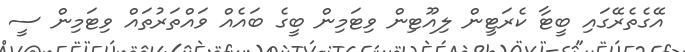
އޭގެތެރޭގައި ބީޓާ ކެރަޓީން ލިއޫޓިން ވިޓަމިން ބީގެ ބައެއް ވައްތަރުތައް ވިޓަމިން ސީ